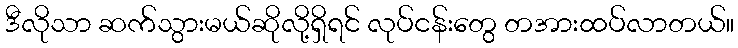
ဒီလိုသာ ဆက်သွားမယ်ဆိုလို့ရှိရင် လုပ်ငန်းတွေ တအားထပ်လာတယ်။